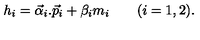
h _ { i } = \vec { \alpha } _ { i } . \vec { p } _ { i } + \beta _ { i } m _ { i } \qquad ( i = 1 , 2 ) .